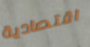
اقتصادية